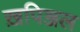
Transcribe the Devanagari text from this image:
ख़पिञ्जल